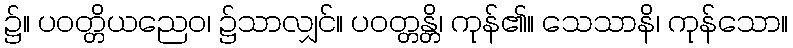
၌။ ပဝတ္တိယညေဝ၊ ၌သာလျှင်။ ပဝတ္တန္တိ၊ ကုန်၏။ သေသာနိ၊ ကုန်သော။